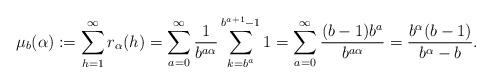
LaTeX: \begin{align*}\mu_b (\alpha):=\sum_{h=1}^\infty r_{\alpha} (h)= \sum_{a=0}^\infty \frac{1}{b^{a\alpha}} \sum_{k=b^a}^{b^{a+1}-1} 1=\sum_{a=0}^\infty \frac{(b-1)b^a}{b^{a\alpha}}=\frac{b^{\alpha}(b-1)}{b^\alpha - b}.\end{align*}